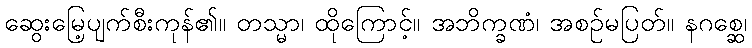
ဆွေးမြေ့ပျက်စီးကုန်၏။ တသ္မာ၊ ထိုကြောင့်။ အဘိက္ခဏံ၊ အစဉ်မပြတ်။ နဂစ္ဆေ၊